Annual administration report of the Civil Veterinary Department of India - 1905-1906
Year: 1905
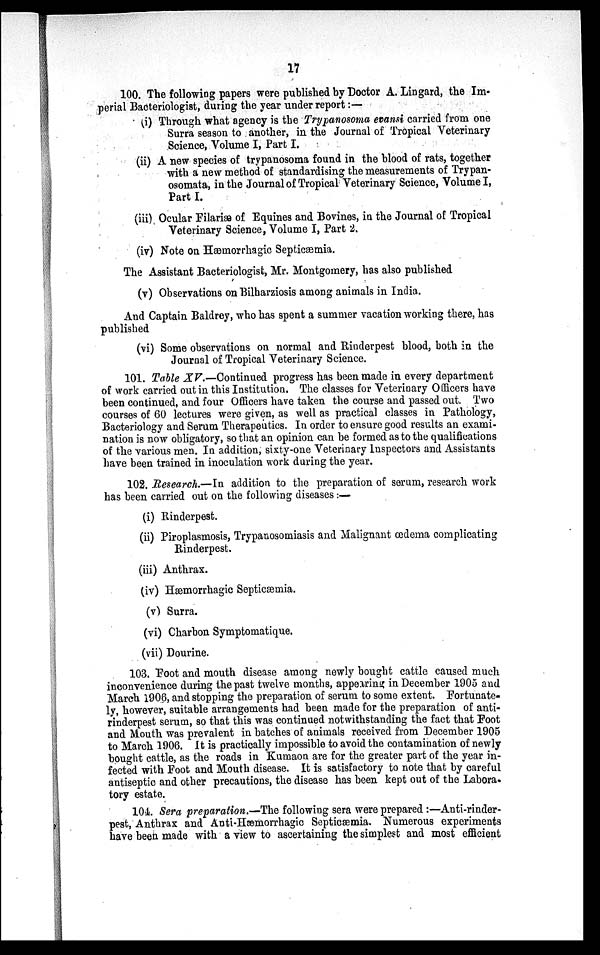
17
100. The following papers were published by Doctor A. Lingard, the Im-
perial Bacteriologist, during the year under report :—
(i) Through what agency is the Trypanosoma evansi carried from one
Surra season to another, in the Journal of Tropical Veterinary
Science, Volume I, Part I.
(ii) A new species of trypanosoma found in the blood of rats, together
with a new method of standardising the measurements of Trypan-
osomata, in the Journal of Tropical Veterinary Science, Volume I,
Part I.
(iii) Ocular Filariæ of Equines and Bovines, in the Journal of Tropical
Veterinary Science, Volume I, Part 2.
(iv) Note on Hæmorrhagic Septicæmia.
The Assistant Bacteriologist, Mr. Montgomery, has also published
(v) Observations on Bilharziosis among animals in India.
And Captain Baldrey, who has spent a summer vacation working there, has
published
(vi) Some observations on normal and Rinderpest blood, both in the
Journal of Tropical Veterinary Science.
101. Table XV.—Continued progress has been made in every department
of work carried out in this Institution. The classes for Veterinary Officers have
been continued, and four Officers have taken the course and passed out. Two
courses of 60 lectures were given, as well as practical classes in Pathology,
Bacteriology and Serum Therapeutics. In order to ensure good results an exami-
nation is now obligatory, so that an opinion can be formed as to the qualifications
of the various men. In addition, sixty-one Veterinary Inspectors and Assistants
have been trained in inoculation work during the year.
102. Research.—In addition to the preparation of serum, research work
has been carried out on the following diseases :—
(i) Rinderpest.
(ii) Piroplasmosis, Trypanosomiasis and Malignant œdema complicating
Rinderpest.
(iii) Anthrax.
(iv) Hæmorrhagic Septicæmia.
(v) Surra.
(vi) Charbon Symptomatique.
(vii) Dourine.
103. Foot and mouth disease among newly bought cattle caused much
inconvenience during the past twelve months, appearing in December 1905 and
March 1906, and stopping the preparation of serum to some extent. Fortunate-
ly, however, suitable arrangements had been made for the preparation of anti-
rinderpest serum, so that this was continued notwithstanding the fact that Foot
and Mouth was prevalent in batches of animals received from December 1905
to March 1906. It is practically impossible to avoid the contamination of newly
bought cattle, as the roads in Kumaon are for the greater part of the year in-
fected with Foot and Mouth disease. It is satisfactory to note that by careful
antiseptic and other precautions, the disease has been kept out of the Labora-
tory estate.
104. Sera preparation.—The following sera were prepared :—Anti-rinder-
pest, Anthrax and Anti-Hæmorrhagic Septicæmia. Numerous experiments
have been made with a view to ascertaining the simplest and most efficient